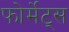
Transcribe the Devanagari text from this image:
फोर्मेट्स